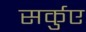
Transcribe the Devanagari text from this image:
सर्कुए